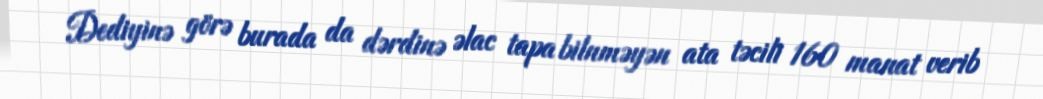
Dediyinə görə burada da dərdinə əlac tapa bilnməyən ata təcili 160 manat verib